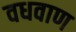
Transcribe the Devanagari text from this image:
वधवाण